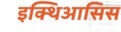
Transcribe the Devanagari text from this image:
इक्थिआसिस